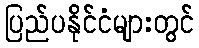
ပြည်ပနိုင်ငံများတွင်